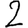
Digit: 2